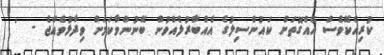
ކުރިއެކޭވެސް އެއްގޮތަށް ކައުންސިލުގެ އެއްބާރުލެއްވުން ބޭނުންވާކަމަށް ވިދާޅުވެއްޖެ -  '